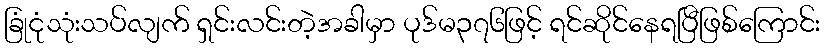
ခြုံငုံသုံးသပ်လျက် ရှင်းလင်းတဲ့အခါမှာ ပုဒ်မ၃၇၆ဖြင့် ရင်ဆိုင်နေရပြီဖြစ်ကြောင်း